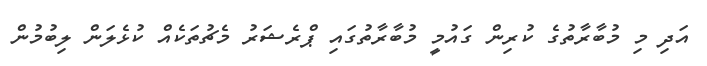
އަދި މި މުބާރާތުގެ ކުރިން ގައުމީ މުބާރާތުގައި ޕްރެޝަރު މެޗުތަކެއް ކުޅެލަން ލިބުމުން